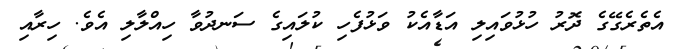
އެތެރެގޭގެ ދޮރު ހުޅުވައިލި އަޑާއެކު ވަޅުފެހި ކުލައިގެ ސަނދުވާ ހިއްލާލި އެވެ. ހިރާއި